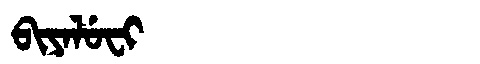
Manchu: ᠪᡳᠶᠠᠯᡠᠸᡳ
Romanization: BIYALUFI